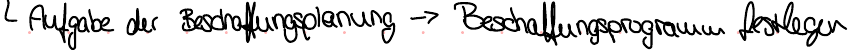
Aufgabe der Beschaffungsplanung -> Beschaffungsprogramm festlegen